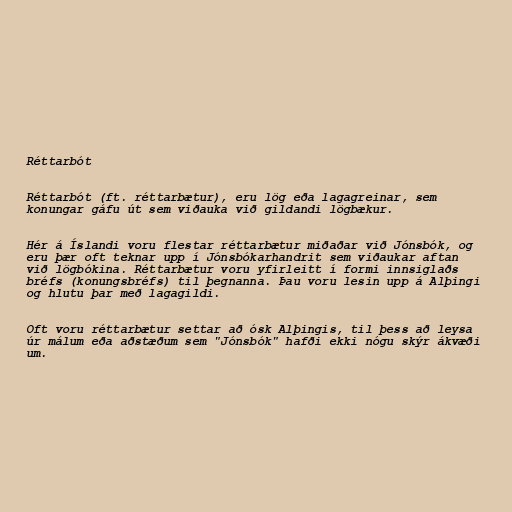
Réttarbót

Réttarbót (ft. réttarbætur), eru lög eða lagagreinar, sem
konungar gáfu út sem viðauka við gildandi lögbækur.

Hér á Íslandi voru flestar réttarbætur miðaðar við Jónsbók, og
eru þær oft teknar upp í Jónsbókarhandrit sem viðaukar aftan
við lögbókina. Réttarbætur voru yfirleitt í formi innsiglaðs
bréfs (konungsbréfs) til þegnanna. Þau voru lesin upp á Alþingi
og hlutu þar með lagagildi.

Oft voru réttarbætur settar að ósk Alþingis, til þess að leysa
úr málum eða aðstæðum sem "Jónsbók" hafði ekki nógu skýr ákvæði
um.